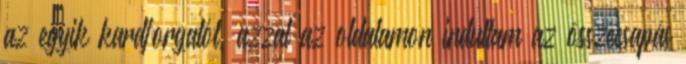
az egyik kardforgatót, azzal az oldalamon indultam az összecsapás